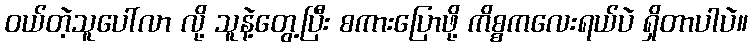
ဝယ်တဲ့သူပေါ်လာ လို့ သူနဲ့တွေ့ပြီး စကားပြောဖို့ ကိစ္စကလေးရယ်ပဲ ရှိတာပါပဲ။